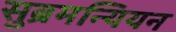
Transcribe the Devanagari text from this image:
सुब्रमन्यियन